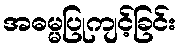
အဓမ္မပြုကျင့်ခြင်း